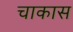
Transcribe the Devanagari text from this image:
चाकास